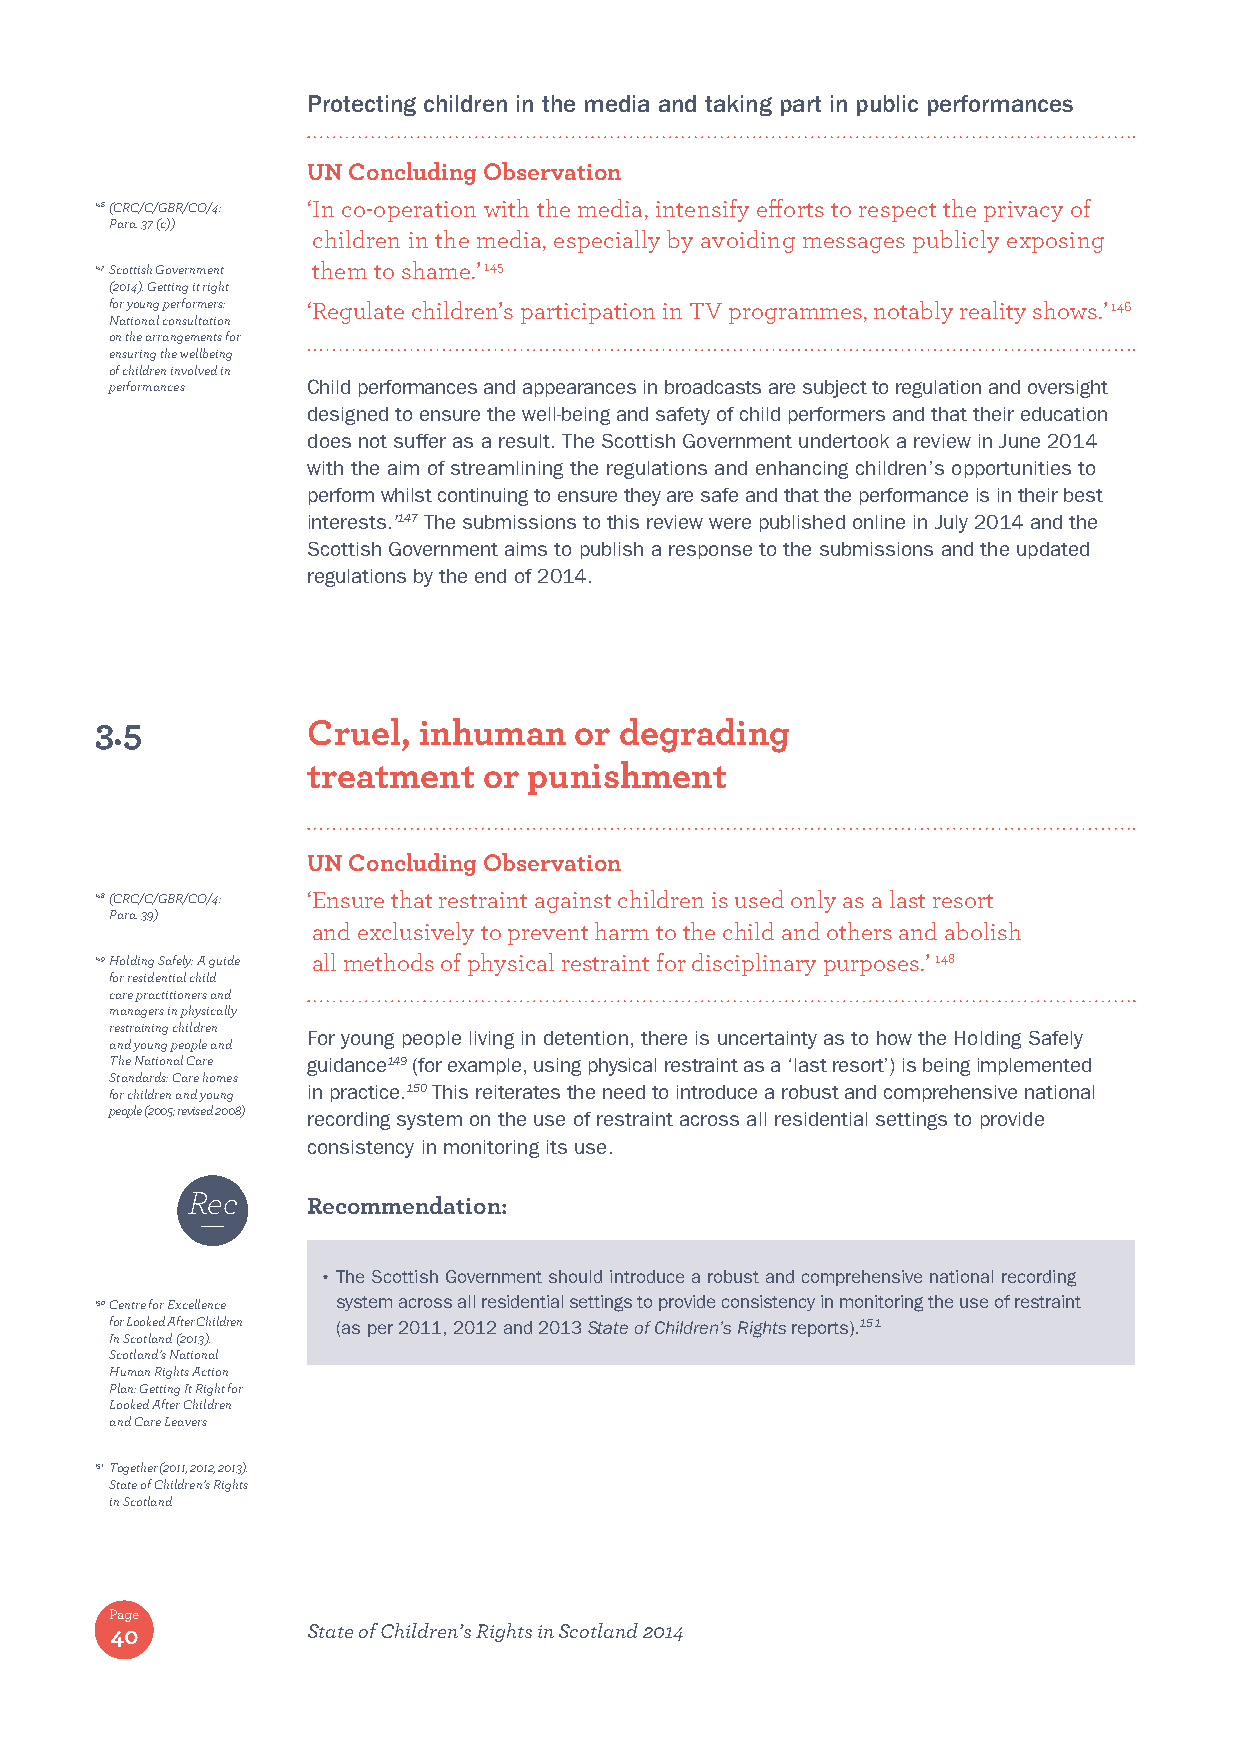
Protecting children in the media and taking part in public performances
 UN Concluding Observation
 146 (CRC/C/GBR/CO/4: ‘ In co-operation with the media, intensify efforts to respect the privacy of
 Para. 37 (c))
 children in the media, especially by avoiding messages publicly exposing
 147 Scottish Government them to shame.’ 145
 (2014). Getting it right
 for young performers: ‘Regulate children’s participation in TV programmes, notably reality shows.’ 146
 National consultation
 on the arrangements for
 ensuring the wellbeing
 of children involved in
 performances Child performances and appearances in broadcasts are subject to regulation and oversight
 designed to ensure the well-being and safety of child performers and that their education
 does not suffer as a result. The Scottish Government undertook a review in June 2014
 with the aim of streamlining the regulations and enhancing children’s opportunities to
 perform whilst continuing to ensure they are safe and that the performance is in their best
 interests.’147 The submissions to this review were published online in July 2014 and the
 Scottish Government aims to publish a response to the submissions and the updated
 regulations by the end of 2014.
 3.5           Cruel,  inhuman   or degrading
 treatment   or punishment
 UN Concluding Observation
 148 (CRC/C/GBR/CO/4: ‘ Ensure that restraint against children is used only as a last resort
 Para. 39)
 and exclusively to prevent harm to the child and others and abolish
 149 Holding Safely: A guide all methods of physical restraint for disciplinary purposes.’ 148
 for residential child
 care practitioners and
 managers in physically
 restraining children
 For young people living in detention, there is uncertainty as to how the Holding Safely
 and young people and
 The National Care guidance149 (for example, using physical restraint as a ‘last resort’) is being implemented
 Standards: Care homes
 for children and young in practice.150 This reiterates the need to introduce a robust and comprehensive national
 people (2005; revised 2008) recording system on the use of restraint across all residential settings to provide
 consistency in monitoring its use.
 Rec
 Recommendation:
 • The Scottish Government should introduce a robust and comprehensive national recording
 150 Centre for Excellence system across all residential settings to provide consistency in monitoring the use of restraint
 for Looked After Children (as per 2011, 2012 and 2013 State of Children’s Rights reports).151
 In Scotland (2013).
 Scotland’s National
 Human Rights Action
 Plan: Getting It Right for
 Looked After Children
 and Care Leavers
 151 Together (2011, 2012, 2013).
 State of Children’s Rights
 in Scotland
 Page
 40           State of Children’s Rights in Scotland 2014